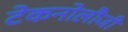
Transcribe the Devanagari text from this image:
टेकनोलौजी